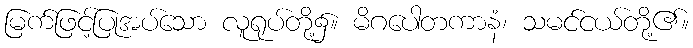
မြက်ဖြင့်ပြုအပ်သော လူရုပ်တို့၌။ မိဂပေါတကာနံ၊ သမင်ငယ်တို့၏။